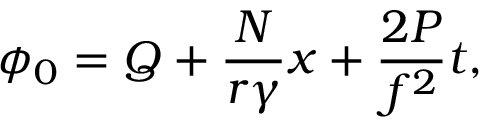
\phi _ { 0 } = Q + \frac { N } { r { \gamma } } x + { \frac { 2 P } { f ^ { 2 } } } t ,